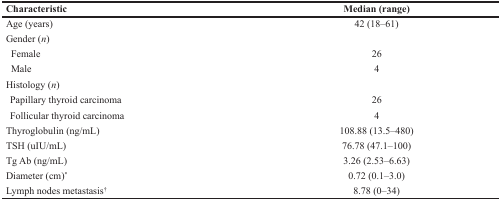
<table><thead><tr><td><b>Characteristic</b></td><td><b>Median (range)</b></td></tr></thead><tbody><tr><td>Age (years)</td><td>42 (18–61)</td></tr><tr><td>Gender (<i>n</i>)</td><td></td></tr><tr><td> Female</td><td>26</td></tr><tr><td> Male</td><td>4</td></tr><tr><td>Histology (<i>n</i>)</td><td></td></tr><tr><td> Papillary thyroid carcinoma</td><td>26</td></tr><tr><td> Follicular thyroid carcinoma</td><td>4</td></tr><tr><td>Thyroglobulin (ng/mL)</td><td>108.88 (13.5–480)</td></tr><tr><td>TSH (uIU/mL)</td><td>76.78 (47.1–100)</td></tr><tr><td>Tg Ab (ng/mL)</td><td>3.26 (2.53–6.63)</td></tr><tr><td>Diameter (cm)<sup>*</sup></td><td>0.72 (0.1–3.0)</td></tr><tr><td>Lymph nodes metastasis<sup>†</sup></td><td>8.78 (0–34)</td></tr></tbody></table>